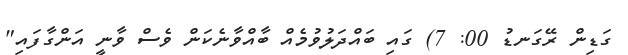
ގަޑިން ރޭގަނޑު 00: 7) ގައި ބައްދަލުވުމެއް ބާއްވާނެކަން ވެސް ވާނީ އަންގާފައި"